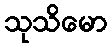
သုသိမော